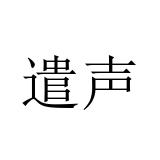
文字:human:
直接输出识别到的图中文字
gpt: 遣声